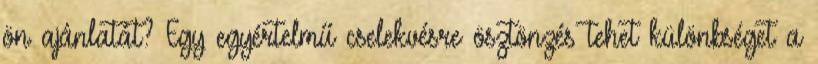
ön ajánlatát? Egy egyértelmű cselekvésre ösztönzés tehet különbséget a